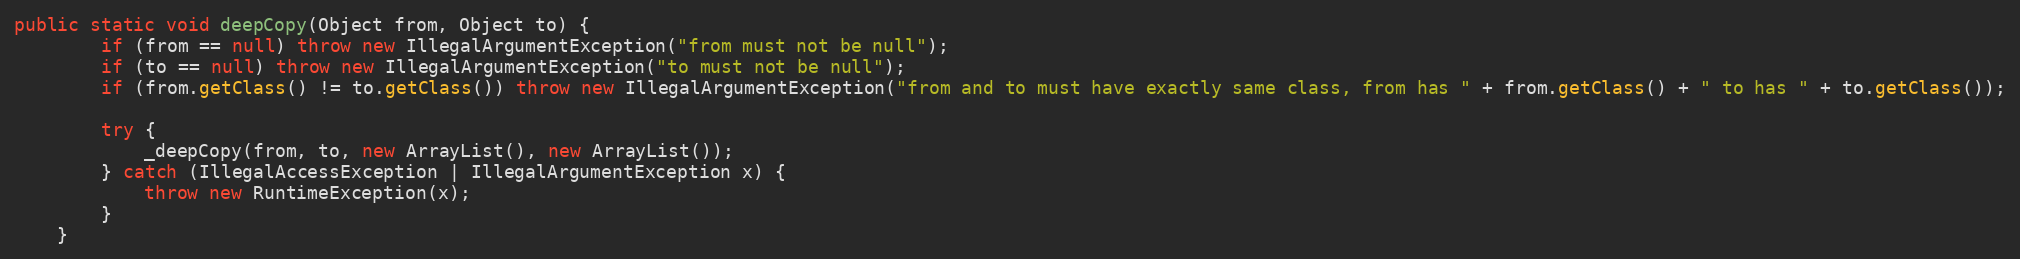
Language: Java
public static void deepCopy(Object from, Object to) {
		if (from == null) throw new IllegalArgumentException("from must not be null");
		if (to == null) throw new IllegalArgumentException("to must not be null");
		if (from.getClass() != to.getClass()) throw new IllegalArgumentException("from and to must have exactly same class, from has " + from.getClass() + " to has " + to.getClass());

		try {
			_deepCopy(from, to, new ArrayList(), new ArrayList());
		} catch (IllegalAccessException | IllegalArgumentException x) {
			throw new RuntimeException(x);
		}
	}